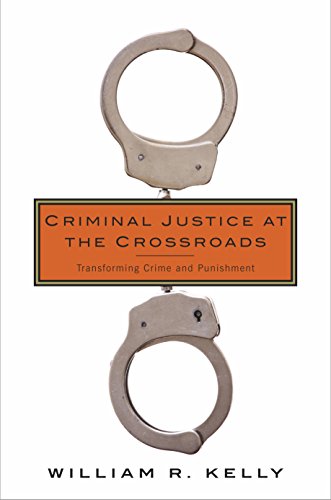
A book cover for Criminal Justice at the Crossroads: Transforming Crime and Punishment; William R. Kelly; Law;